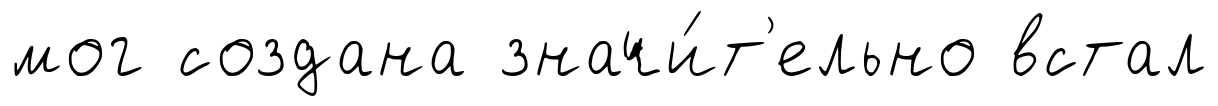
мог создана значи́т'ельно встал